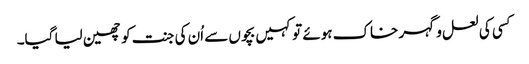
کسی کی لعل و گہر خاک ہوئے تو کہیں بچوں سے اُن کی جنت کو چھین لیا گیا۔